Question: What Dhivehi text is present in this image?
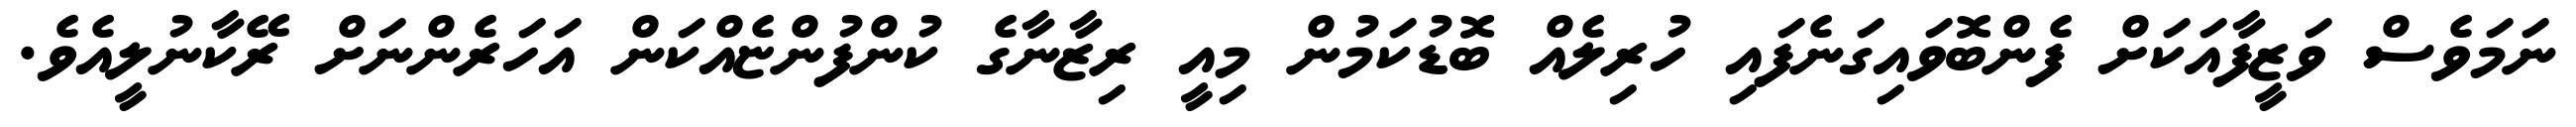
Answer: ނަމަވެސް ވަޒީފާއަކަށް ފެންބޮވައިގަނެފައި ހުރިލެއް ބޮޑުކަމުން މިއީ ރިޒާނާގެ ކުންފުންޏެއްކަން އަހަރެންނަށް ރޭކާނުލީއެވެ.